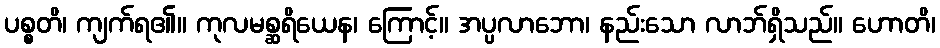
ပစ္စတိ၊ ကျက်ရ၏။ ကုလမစ္ဆရိယေန၊ ကြောင့်။ အပ္ပလာဘော၊ နည်းသော လာဘ်ရှိသည်။ ဟောတိ၊